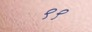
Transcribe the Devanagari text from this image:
९९